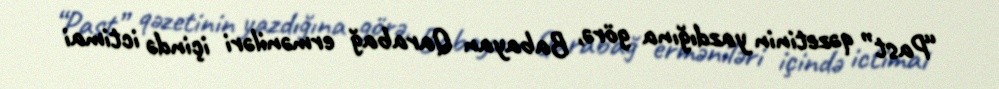
“Past” qəzetinin yazdığına görə, Babayan Qarabağ erməniləri içində ictimai